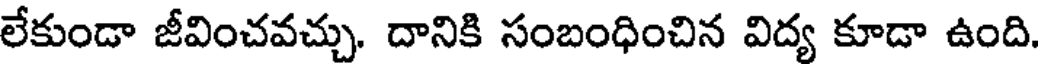
లేకుండా జీవించవచ్చు. దానికి సంబంధించిన విద్య కూడా ఉంది